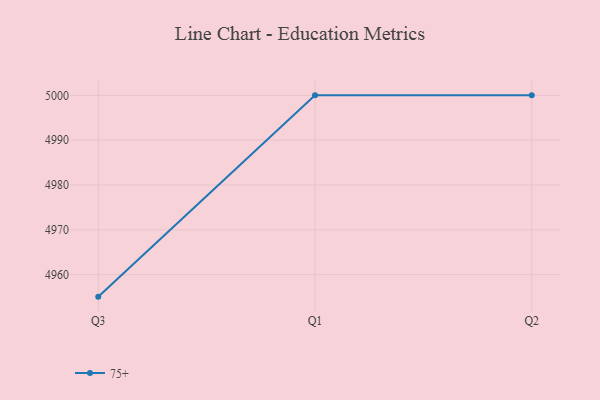
{"axis": {"x": "Quarter", "y": "Shipments"}, "legend": ["75+"], "data": [{"x": "Q3", "y": 4955.1, "type": "75+"}, {"x": "Q1", "y": 5000, "type": "75+"}, {"x": "Q2", "y": 5000, "type": "75+"}]}